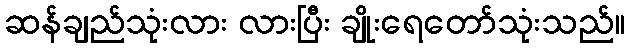
ဆန်ချည်သုံးလား လားပြီး ချိုးရေတော်သုံးသည်။